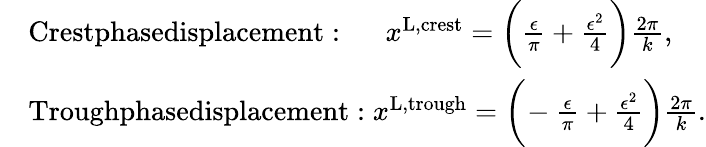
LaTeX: \begin{array}{rl}&{\textnormal{Crestphasedisplacement}:\, \, \, \, \, \, \, \, x^{\textnormal{L,crest}}=\bigg(\frac{\epsilon}{\pi}+\frac{\epsilon^{2}}{4}\bigg)\frac{2\pi}{k},}\\ &{\textnormal{Troughphasedisplacement}:x^{\textnormal{L,trough}}=\bigg(\! -\frac{\epsilon}{\pi}+\frac{\epsilon^{2}}{4}\bigg)\frac{2\pi}{k}.}\end{array}